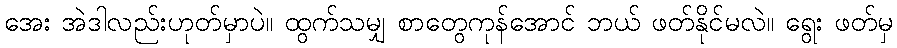
အေး အဲဒါလည်းဟုတ်မှာပဲ။ ထွက်သမျှ စာတွေကုန်အောင် ဘယ် ဖတ်နိုင်မလဲ။ ရွေး ဖတ်မှ